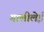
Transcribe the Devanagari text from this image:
गालीलेई